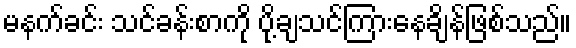
မနက်ခင်း သင်ခန်းစာကို ပို့ချသင်ကြားနေချိန်ဖြစ်သည်။